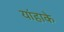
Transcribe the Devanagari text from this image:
यांहाके